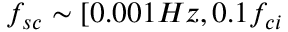
f _ { s c } \sim [ 0 . 0 0 1 H z , 0 . 1 f _ { c i }